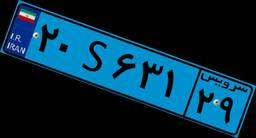
۲۰S۶۳۱۲۹